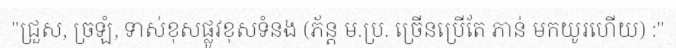
"ជ្រួស, ច្រឡំ, ទាស់ខុសផ្លូវខុសទំនង (ភ័ន្ត ម.ប្រ. ច្រើនប្រើតែ ភាន់ មកយូរហើយ) :"